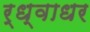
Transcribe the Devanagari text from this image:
र्ध्वाधर